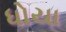
ધોયા